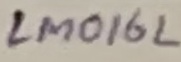
Text: LM016L